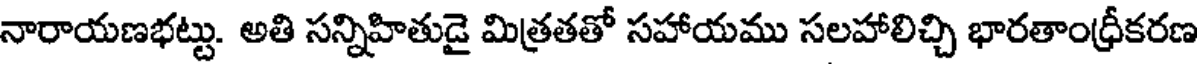
నారాయణభట్టు. అతి సన్నిహితుడై మిత్రతతో సహాయము సలహాలిచ్చి భారతాంధ్రీకరణ